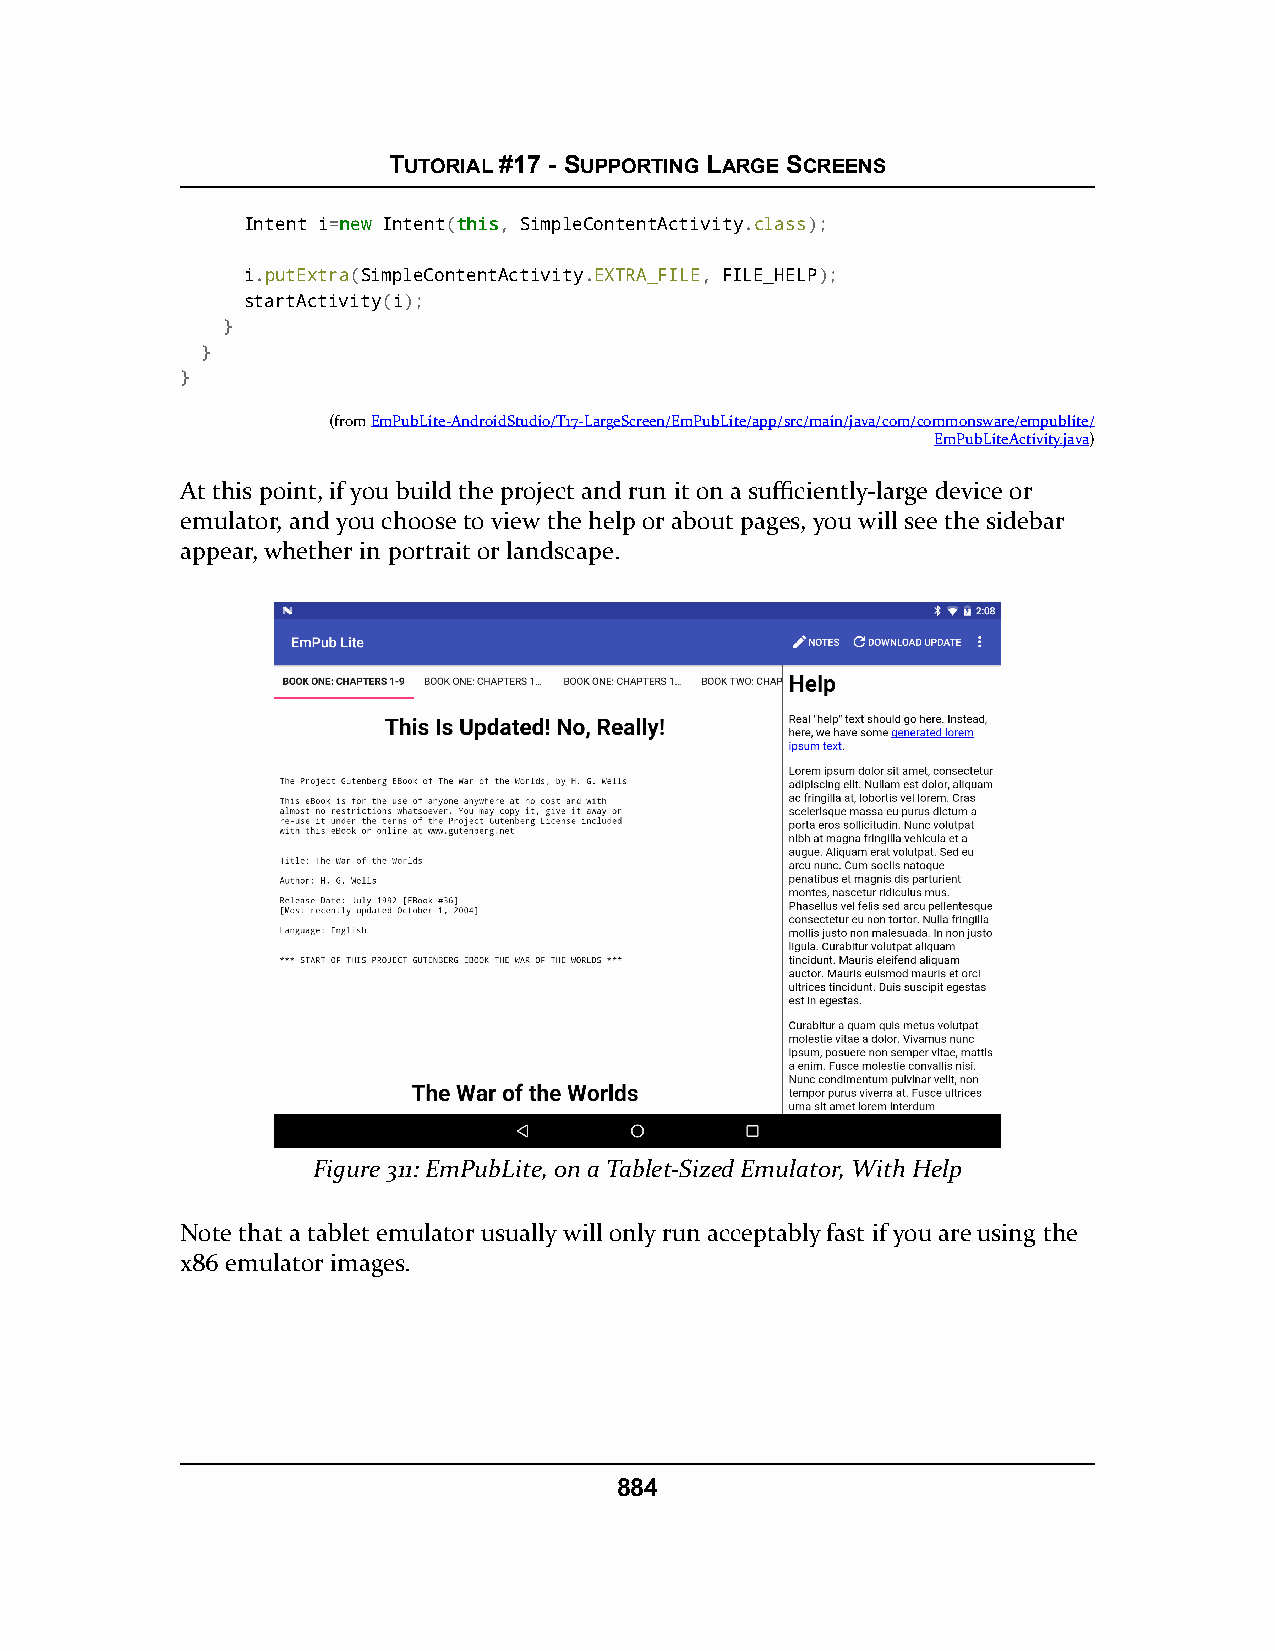
TUTORIAL #17 - SUPPORTING LARGE SCREENS
 Intent i=nneeww Intent(tthhiiss, SimpleContentActivity.class);
 i.putExtra(SimpleContentActivity.EXTRA_FILE, FILE_HELP);
 startActivity(i);
 }
 }
 }
 (fromEmPubLite-AndroidStudio/T17-LargeScreen/EmPubLite/app/src/main/java/com/commonsware/empublite/
 EmPubLiteActivity.java)
 At this point, if you build the project and run it on a sufficiently-large device or
 emulator, and you choose to view the help or about pages, you will see the sidebar
 appear, whether in portrait or landscape.
 Figure 311: EmPubLite, on a Tablet-Sized Emulator, With Help
 Note that a tablet emulator usually will only run acceptably fast if you are using the
 x86 emulator images.
 884